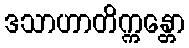
ဒသာဟာတိက္ကန္တော